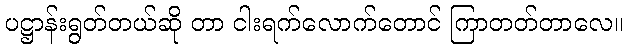
ပဋ္ဌာန်းရွတ်တယ်ဆို တာ ငါးရက်လောက်တောင် ကြာတတ်တာလေ။